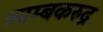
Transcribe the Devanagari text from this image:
त्र्यम्बकरुद्र